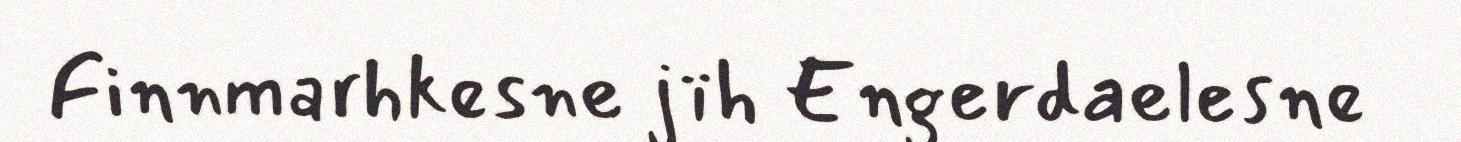
Finnmarhkesne jïh Engerdaelesne